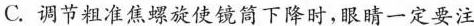
C.调节粗准焦螺旋使镜筒下降时，眼睛一定要注